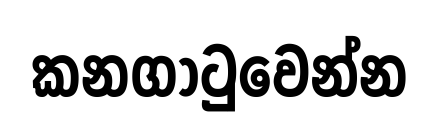
කනගාටුවෙන්න